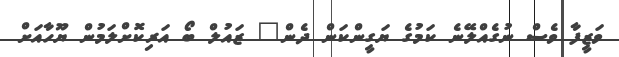
ވަޒީފާ ވެސް ނުގެއްލޭނެ ކަމުގެ ޔަގީންކަން ދެން" ޒައުލް ބޯ އަރިކޮށްލަމުން ޔޫހާއަށް